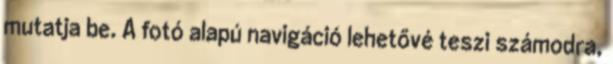
mutatja be. A fotó alapú navigáció lehetővé teszi számodra,